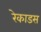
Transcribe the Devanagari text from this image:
रेकाडस